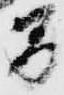
間